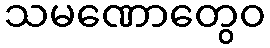
သမဏောတွေဝ